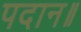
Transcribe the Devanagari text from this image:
पदान॥